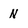
Character: N